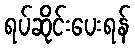
ရပ်ဆိုင်းပေးရန်